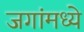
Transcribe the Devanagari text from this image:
जगांमध्ये